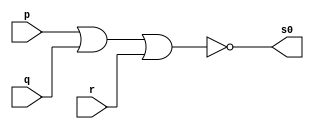
// Guia 01_02 - NOR
// Nome: Henrique Carvalho Parreira


// ---------------------
// -- nor gate
// ---------------------

module norgate (s0, p, q, r);
 output s0;
 input  p, q, r;

 assign s0 = ~(p | q | r);

endmodule // norgate


// --------------------------
// -- test norgate
// --------------------------

module testnorgate;
 reg   a, b, c;             
 wire  s;
          // instancia
 norgate NOR1 (s, a, b, c);

          // parte principal
 initial begin:main
      $display("Guia 01_02 - Henrique Carvalho Parreira - 347133");
      $display("Test NOR gate");
      $display("\n~(a | b | c) = s\n");
      a=0; b=0; c=0;
  #1  $display("~(%b | %b | %b) = %b", a, b, c, s);
      a=0; b=0; c=1;
  #1  $display("~(%b | %b | %b) = %b", a, b, c, s);
      a=0; b=1; c=0;
  #1  $display("~(%b | %b | %b) = %b", a, b, c, s);
      a=0; b=1; c=1;
  #1  $display("~(%b | %b | %b) = %b", a, b, c, s);
      a=1; b=0; c=0;
  #1  $display("~(%b | %b | %b) = %b", a, b, c, s);
      a=1; b=0; c=1;
  #1  $display("~(%b | %b | %b) = %b", a, b, c, s);
      a=1; b=1; c=0;
  #1  $display("~(%b | %b | %b) = %b", a, b, c, s);
      a=1; b=1; c=1;
  #1  $display("~(%b | %b | %b) = %b", a, b, c, s);   
  
 end

endmodule // testnorgate